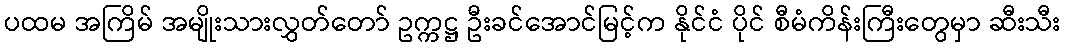
ပထမ အကြိမ် အမျိုးသားလွှတ်တော် ဥက္ကဋ္ဌ ဦးခင်အောင်မြင့်က နိုင်ငံ ပိုင် စီမံကိန်းကြီးတွေမှာ ဆီးသီး